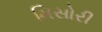
મિસોરી